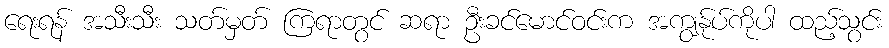
ရေးရန် အသီးသီး သတ်မှတ် ကြရာတွင် ဆရာ ဦးခင်မောင်ဝင်းက အကျွန်ုပ်ကိုပါ ထည့်သွင်း